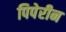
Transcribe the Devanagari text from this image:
पिपेरीन